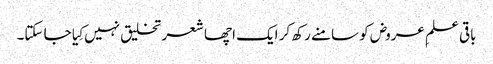
باقی علمِ عروض کو سامنے رکھ کر ایک اچھا شعر تخلیق نہیں کِیا جا سکتا۔